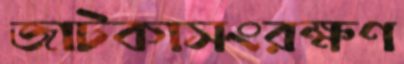
জাটকাসংরক্ষণ